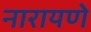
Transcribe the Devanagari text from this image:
नारायणे